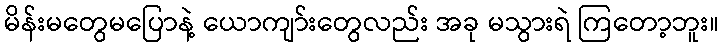
မိန်းမတွေမပြောနဲ့ ယောကျာ်းတွေလည်း အခု မသွားရဲ ကြတော့ဘူး။